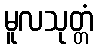
မူလသုတ္တံ